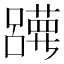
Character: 𡄀